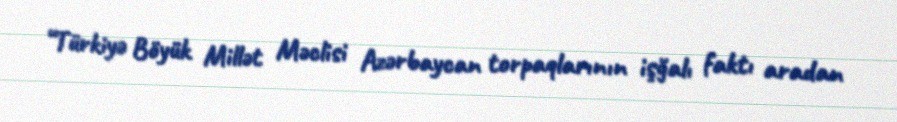
“Türkiyə Böyük Millət Məclisi Azərbaycan torpaqlarının işğalı faktı aradan